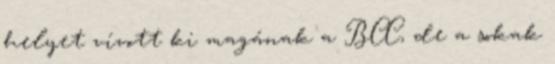
helyet vívott ki magának a BCC, de a sokak